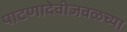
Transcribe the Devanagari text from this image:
पाटणादेवीजवळच्या